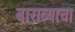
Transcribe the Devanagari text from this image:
बाराव्याचा